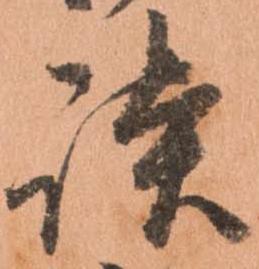
談